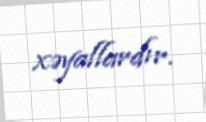
xəyallardır.